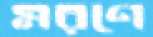
মরণে